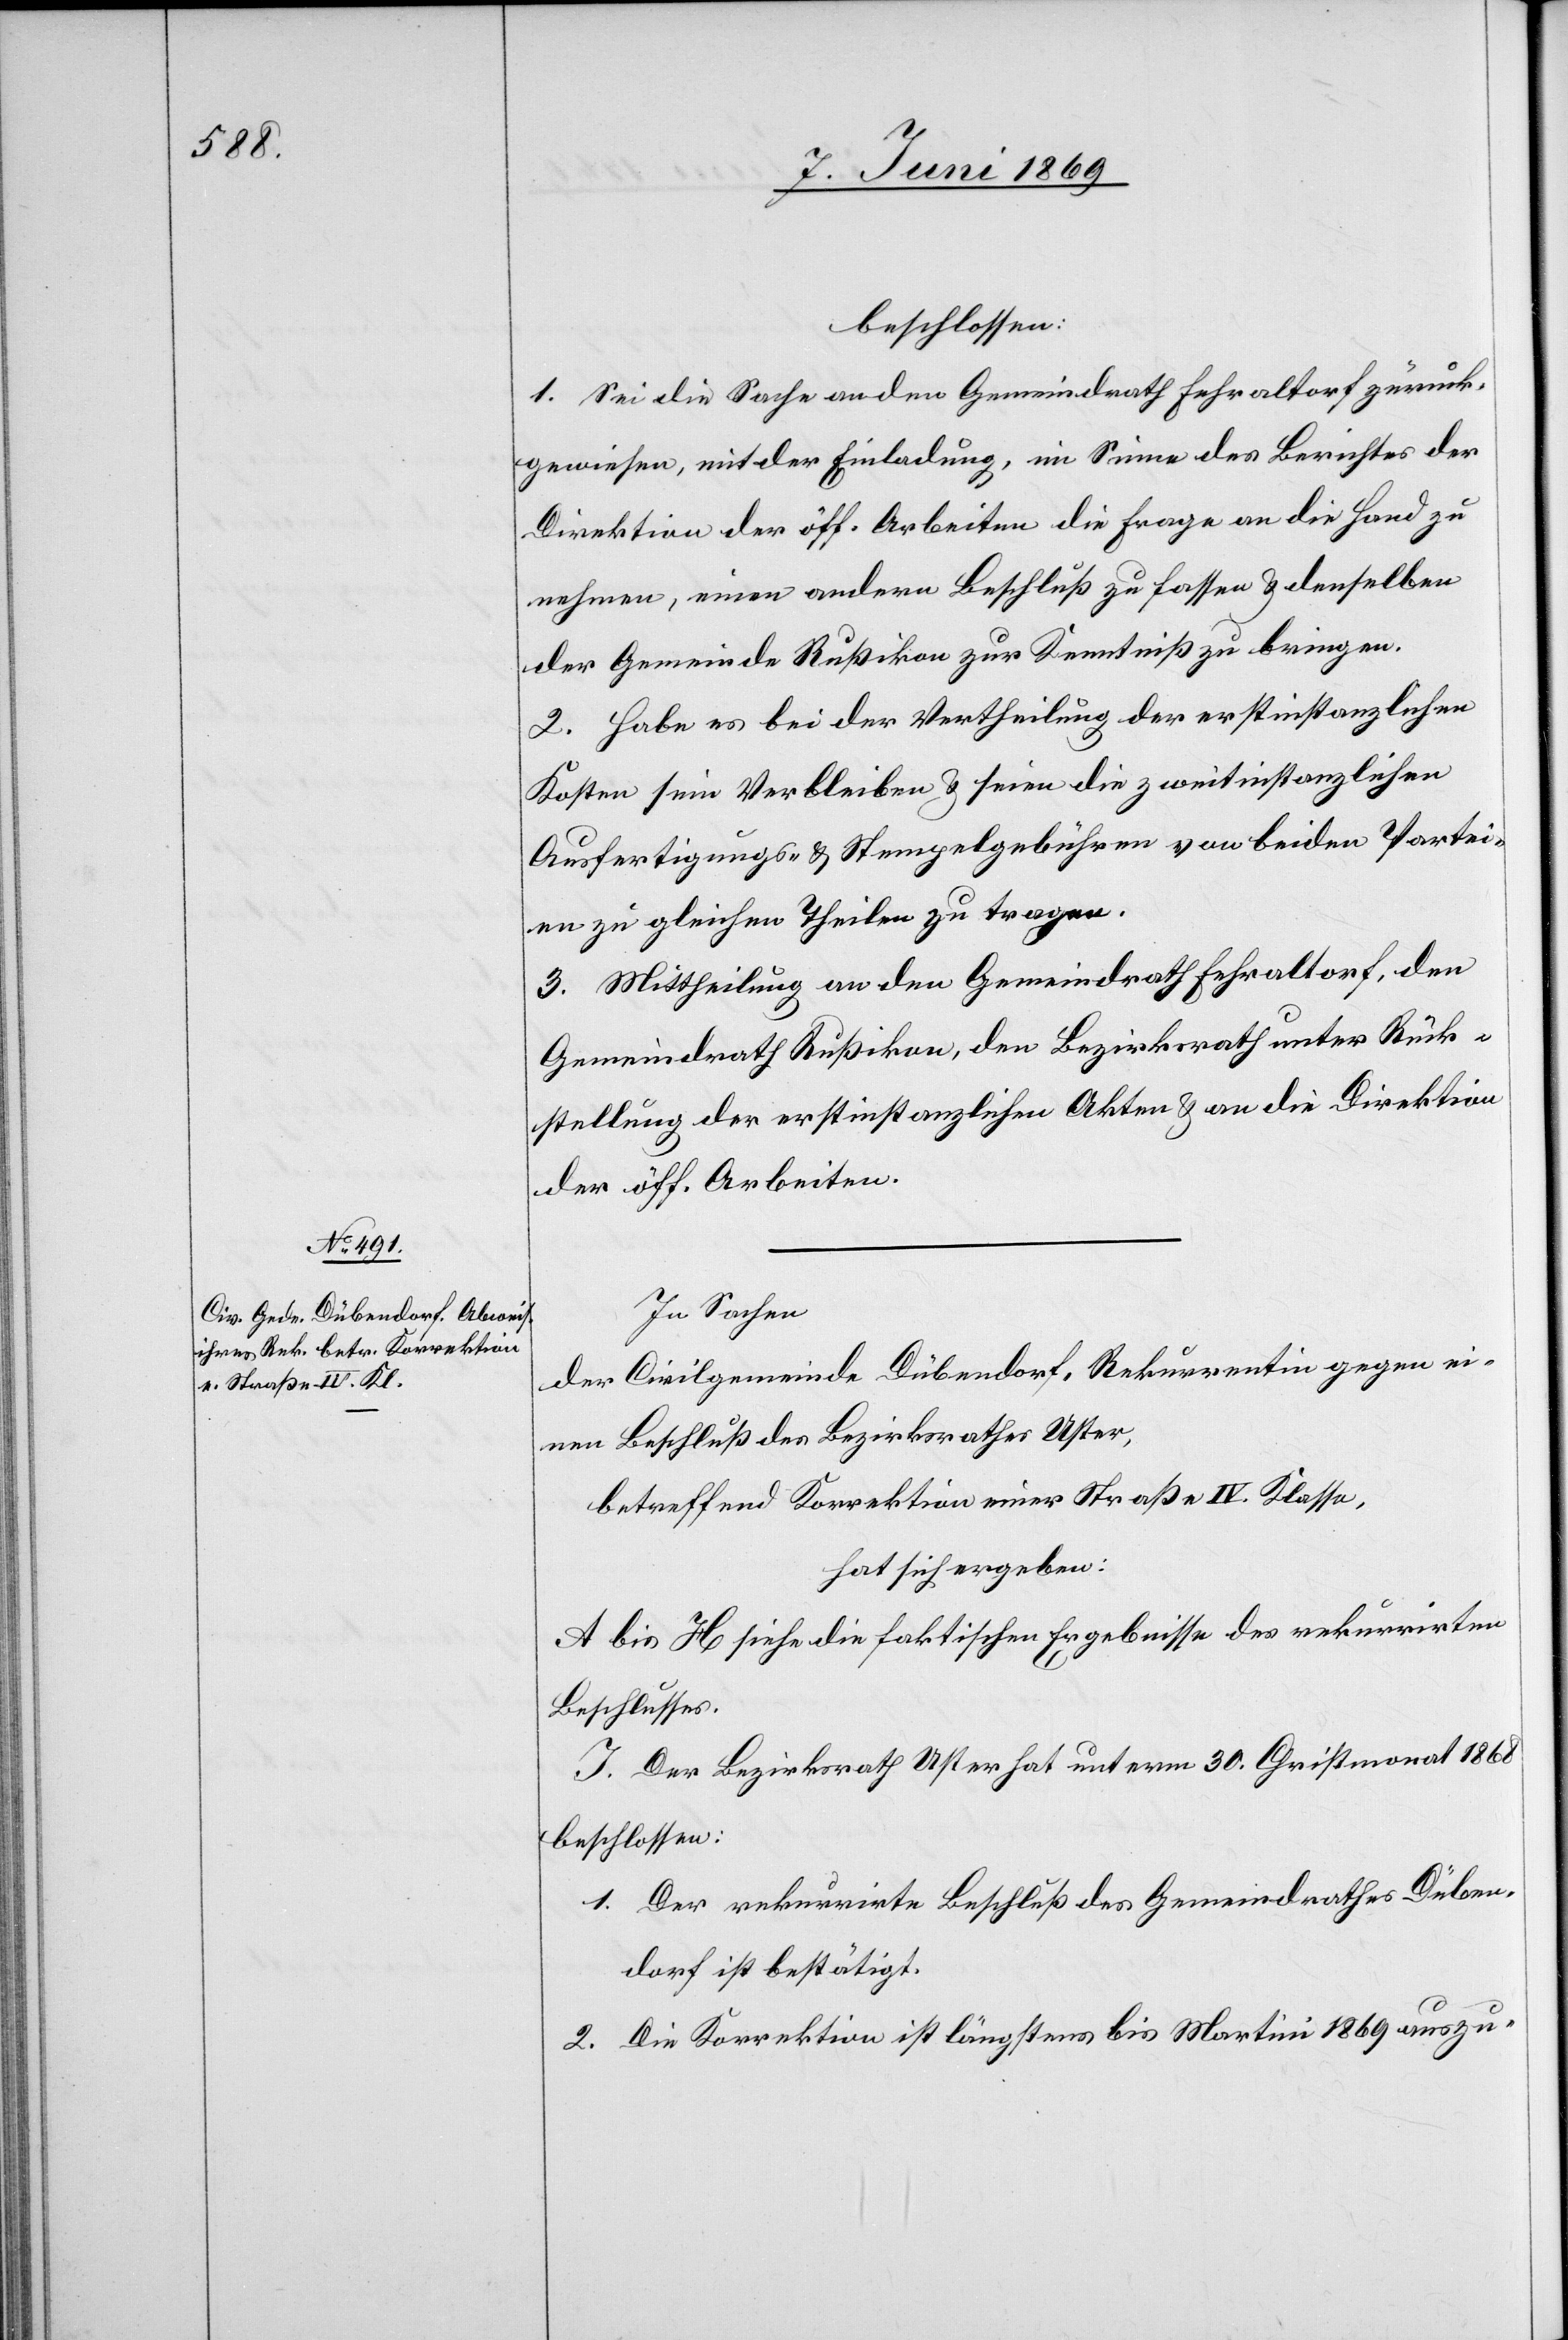
beschlossen:
1. Sei diese Sache an den Gemeindrath Fehraltorf zurück¬
gewiesen, mit der Einladung, im Sinne des Berichtes der
Direktion der öff. Arbeiten die Frage an die Hand zu
nehmen, einen andern Beschluß zu fassen u. denselben
der Gemeinde Rußikon zur Kenntniß zu bringen.
2. Habe es bei der Vertheilung der erstinstanzlichen
Kosten sein Verbleiben u. seien die zweitinstanzlichen
Ausfertigungs- u. Stempelgebühren von beiden Partei¬
en zu gleichen Theilen zu tragen.
3. Mittheilung an den Gemeindrath Fehraltorf, den
Gemeindrath Rußikon, den Bezirksrath unter Rück¬
stellung der erstinstanzlichen Akten u. an die Direktion
der öff. Arbeiten.
In Sachen
der Civilgemeinde Dübendorf, Rekurrentin gegen ei¬
nen Beschluß des Bezirksrathes Uster,
betreffend Korrektion einer Straße IV. Klasse,
hat sich ergeben:
A bis H siehe die faktischen Ergebnisse des rekurrirten
Beschlusses.
J. Der Bezirksrath Uster hat unterm 30 Christmonat 1868
beschlossen:
1. Der rekurrirte Beschluß des Gemeindrathes Düben¬
dorf ist bestätigt.
2. Die Korrektion ist längstens bis Martini 1869 auszu-